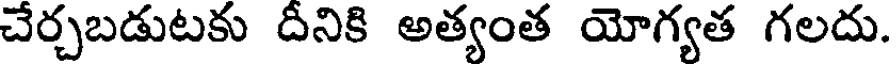
చేర్చబడుటకు దీనికి అత్యంత యోగ్యత గలదు.